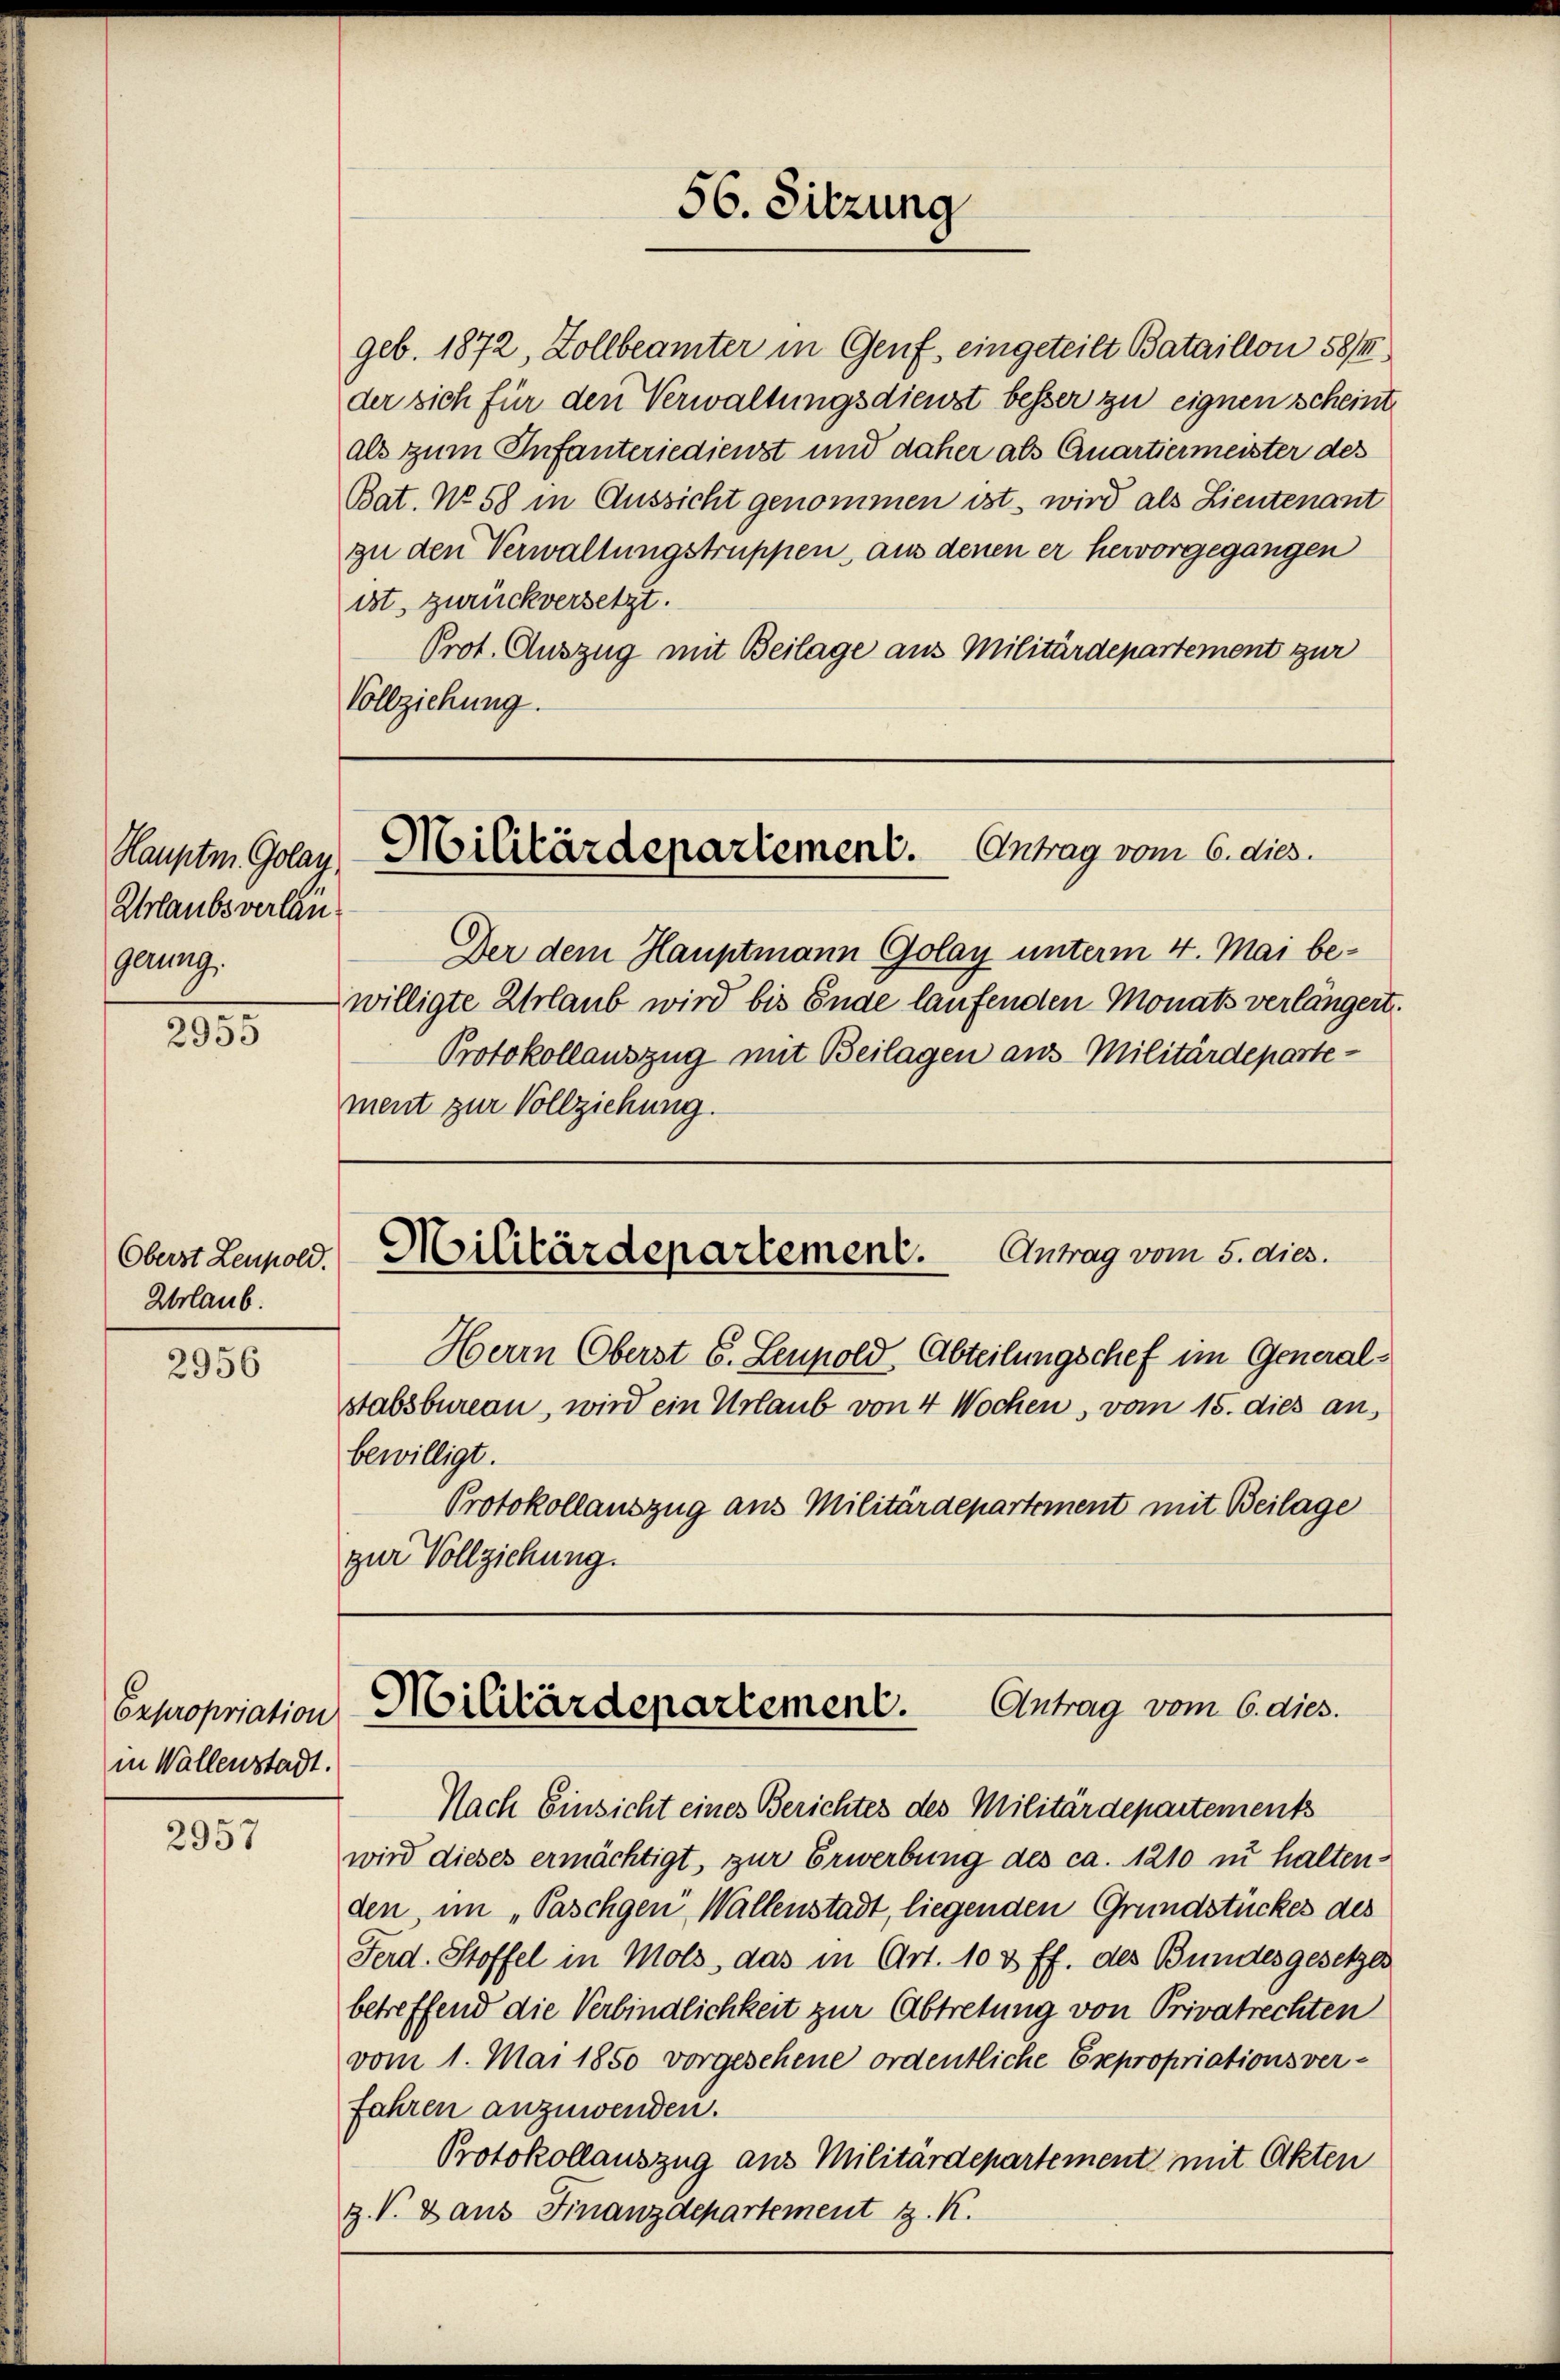
Hauptm. Golay
Urlaubs verlän
gerung.

e
2935

Oberst Leupold.
Urlaub.

2956

Expropriation
in Wallenstadt.

2957

als zum Infanteriedienst und daher als Quartiermeister des
Bat. No 58 in Aussicht genommen ist, wird als Lieutenant
zu den Verwaltungstruppen, aus denen er hervorgegangen
ist, zurückversetzt.
Prot. Auszug mit Beilage aus Militärdepartement zur
Vollziehung.

Der dem Hauptmann Golay unterm 4. Mai bewilligte Urlaub wird bis Ende laufenden Monats verlängert.
Protokollauszug mit Beilagen aus-Militärdepartement zur Vollziehung.

56. Sitzung

Militärdepartement. Antrag vom 6. dies.

Militärdepartement. Antrag vom 5. dies.

geb. 1872, Zollbeamter in Genf, eingeteilt Bataillon 58/
der sich für den Verwaltungsdienst besser zu eignen scheint

Herrn Oberst 6. Leupold Abteilungschef im Generalstabsbureau, wird ein Urlaub von 4 Wochen, vom 15. dies an,
bewilligt.
Protokollauszug aus Militärdepartement mit Beilage
zur Vollziehung.

Antrag vom 6. dies.
Militärdepartement.

Nach Einsicht eines Berichtes des Militärdepartements
wird dieses ermächtigt, zur Erwerbung des ca. 1210 zu halten.
den, im „Paschgen Wallenstadt, liegenden Grundstückes des
Ferd. Stoffel in Mols, das in Art. 10 & ff. des Bundesgesetzes
betreffend die Verbindlichkeit zur Abtretung von Privatrechten
vom 1. Mai 1850 vorgesehene ordentliche Expropriationsver-
fahren anzuwenden.
Protokollauszug aus Militärdepartement mit Akten
Z. V. Dans Finanzdepartement z. K.